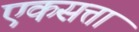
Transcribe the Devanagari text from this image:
एकसत्ता